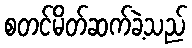
စတင်မိတ်ဆက်ခဲ့သည်